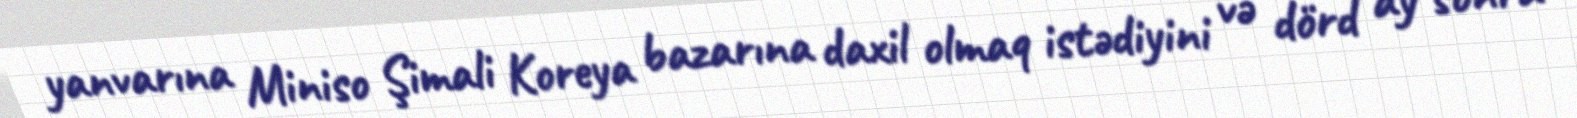
yanvarına Miniso Şimali Koreya bazarına daxil olmaq istədiyini və dörd ay sonra